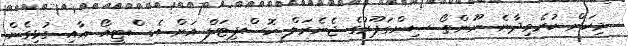
މިކަން ކުރެވިދާނެ ނޫންތޯ ސިންގަޕޫރުގެ ޖެނެރަލް ހޮސްޕިޓަލް އަށް އެސްޓީއޯ އާއި ގުޅިގެން